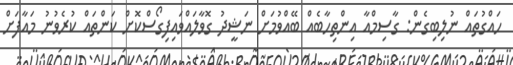
ހައްގުތައް ނުލިބިގެން: ގާސިމްއާ އިންތިހާބެއް ބޭއްވުމަށް ނަޝީދު ގޮވާލައްވައިފިގޯސްކޮށް ކަންތައް ކުރެވުނު މައާފަށް